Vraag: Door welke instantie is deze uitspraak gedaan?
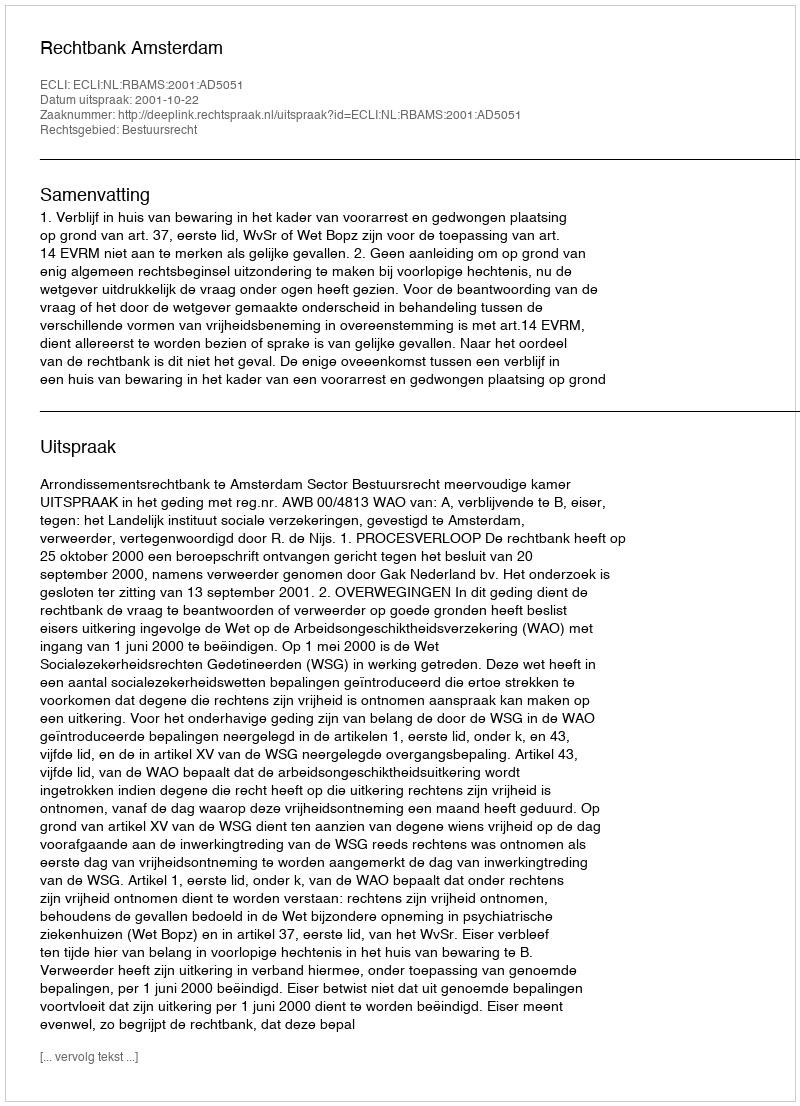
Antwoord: Rechtbank Amsterdam